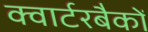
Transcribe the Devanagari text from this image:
क्वार्टरबैकों